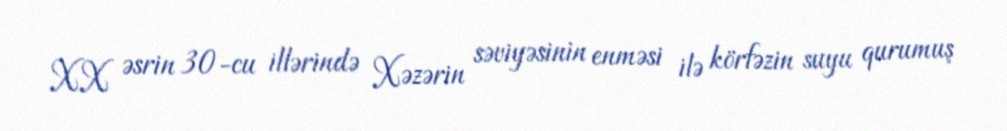
XX əsrin 30-cu illərində Xəzərin səviyəsinin enməsi ilə körfəzin suyu qurumuş